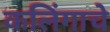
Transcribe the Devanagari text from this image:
कलिंगाचे